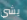
يشي